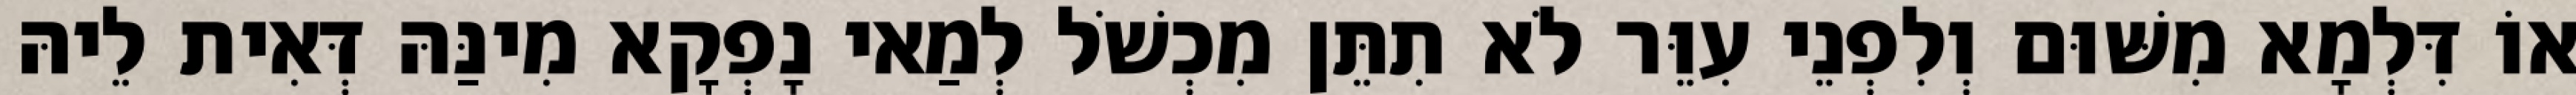
אוֹ דִּלְמָא מִשּׁוּם וְלִפְנֵי עִוֵּר לֹא תִתֵּן מִכְשֹׁל לְמַאי נָפְקָא מִינַּהּ דְּאִית לֵיהּ